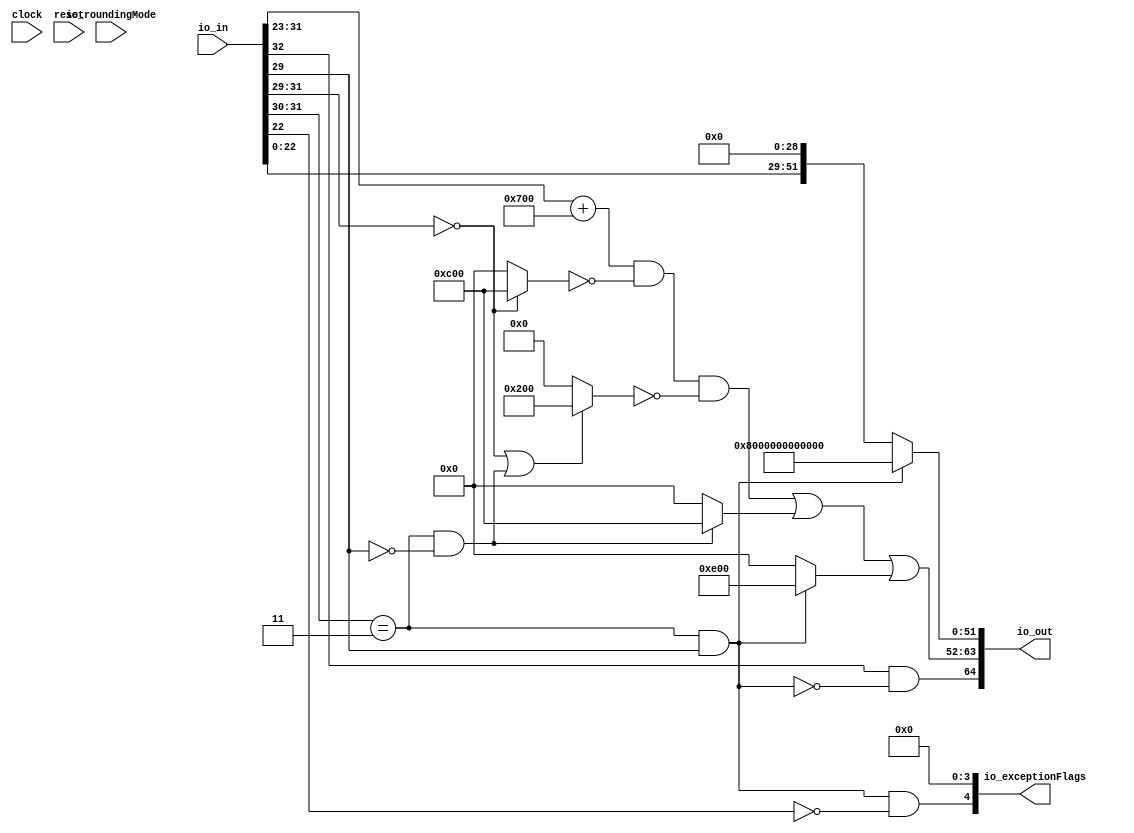
module RecFNToRecFN_1(
  input   clock,
  input   reset,
  input  [32:0] io_in,
  input  [1:0] io_roundingMode,
  output [64:0] io_out,
  output [4:0] io_exceptionFlags
);
  wire [8:0] _T_10;
  wire [2:0] _T_11;
  wire  _T_13;
  wire [1:0] _T_14;
  wire  _T_16;
  wire  _T_24_sign;
  wire  _T_24_isNaN;
  wire  _T_24_isInf;
  wire  _T_24_isZero;
  wire [9:0] _T_24_sExp;
  wire [26:0] _T_24_sig;
  wire  _T_31;
  wire  _T_32;
  wire  _T_33;
  wire  _T_36;
  wire  _T_37;
  wire [9:0] _T_38;
  wire  _T_41;
  wire [22:0] _T_42;
  wire [24:0] _T_44;
  wire [1:0] _T_45;
  wire [26:0] _T_46;
  wire [11:0] _GEN_0;
  wire [12:0] _T_48;
  wire  outRawFloat_sign;
  wire  outRawFloat_isNaN;
  wire  outRawFloat_isInf;
  wire  outRawFloat_isZero;
  wire [12:0] outRawFloat_sExp;
  wire [55:0] outRawFloat_sig;
  wire [55:0] _GEN_1;
  wire [55:0] _T_62;
  wire  _T_63;
  wire  _T_65;
  wire  invalidExc;
  wire  _T_67;
  wire  _T_68;
  wire [11:0] _T_69;
  wire [11:0] _T_72;
  wire [11:0] _T_73;
  wire [11:0] _T_74;
  wire  _T_75;
  wire [11:0] _T_78;
  wire [11:0] _T_79;
  wire [11:0] _T_80;
  wire [11:0] _T_83;
  wire [11:0] _T_84;
  wire [11:0] _T_87;
  wire [11:0] _T_88;
  wire [51:0] _T_91;
  wire [51:0] _T_92;
  wire [12:0] _T_93;
  wire [64:0] _T_94;
  wire [4:0] _T_96;
  assign io_out = _T_94;
  assign io_exceptionFlags = _T_96;
  assign _T_10 = io_in[31:23];
  assign _T_11 = _T_10[8:6];
  assign _T_13 = _T_11 == 3'h0;
  assign _T_14 = _T_10[8:7];
  assign _T_16 = _T_14 == 2'h3;
  assign _T_24_sign = _T_31;
  assign _T_24_isNaN = _T_33;
  assign _T_24_isInf = _T_37;
  assign _T_24_isZero = _T_13;
  assign _T_24_sExp = _T_38;
  assign _T_24_sig = _T_46;
  assign _T_31 = io_in[32];
  assign _T_32 = _T_10[6];
  assign _T_33 = _T_16 & _T_32;
  assign _T_36 = _T_32 == 1'h0;
  assign _T_37 = _T_16 & _T_36;
  assign _T_38 = {1'b0,$signed(_T_10)};
  assign _T_41 = _T_13 == 1'h0;
  assign _T_42 = io_in[22:0];
  assign _T_44 = {_T_42,2'h0};
  assign _T_45 = {1'h0,_T_41};
  assign _T_46 = {_T_45,_T_44};
  assign _GEN_0 = {{2{_T_24_sExp[9]}},_T_24_sExp};
  assign _T_48 = $signed(_GEN_0) + $signed(12'sh700);
  assign outRawFloat_sign = _T_24_sign;
  assign outRawFloat_isNaN = _T_24_isNaN;
  assign outRawFloat_isInf = _T_24_isInf;
  assign outRawFloat_isZero = _T_24_isZero;
  assign outRawFloat_sExp = _T_48;
  assign outRawFloat_sig = _T_62;
  assign _GEN_1 = {{29'd0}, _T_24_sig};
  assign _T_62 = _GEN_1 << 29;
  assign _T_63 = outRawFloat_sig[53];
  assign _T_65 = _T_63 == 1'h0;
  assign invalidExc = outRawFloat_isNaN & _T_65;
  assign _T_67 = outRawFloat_isNaN == 1'h0;
  assign _T_68 = outRawFloat_sign & _T_67;
  assign _T_69 = outRawFloat_sExp[11:0];
  assign _T_72 = outRawFloat_isZero ? 12'hc00 : 12'h0;
  assign _T_73 = ~ _T_72;
  assign _T_74 = _T_69 & _T_73;
  assign _T_75 = outRawFloat_isZero | outRawFloat_isInf;
  assign _T_78 = _T_75 ? 12'h200 : 12'h0;
  assign _T_79 = ~ _T_78;
  assign _T_80 = _T_74 & _T_79;
  assign _T_83 = outRawFloat_isInf ? 12'hc00 : 12'h0;
  assign _T_84 = _T_80 | _T_83;
  assign _T_87 = outRawFloat_isNaN ? 12'he00 : 12'h0;
  assign _T_88 = _T_84 | _T_87;
  assign _T_91 = outRawFloat_sig[53:2];
  assign _T_92 = outRawFloat_isNaN ? 52'h8000000000000 : _T_91;
  assign _T_93 = {_T_68,_T_88};
  assign _T_94 = {_T_93,_T_92};
  assign _T_96 = {invalidExc,4'h0};
endmodule